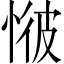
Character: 𢜢